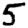
Digit: 5